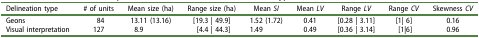
| Delineation type | # of units | Mean size (ha) | Range size (ha) | Mean SI | Mean LV | Range LV | Range CV | Skewness CV |
 | --- | --- | --- | --- | --- | --- | --- | --- | --- |
 | Geons | 84 | 13.11 (13.16) | [19.3 | 49.9] | 1.52 (1.72) | 0.41 | [0.28 | 3.11] | [1| 6] | 0.16 |
 | Visual interpretation | 127 | 8.9 | [4.4 | 44.3] | 1.49 | 0.49 | [0.36 | 3.14] | [1|6] | 0.96 |